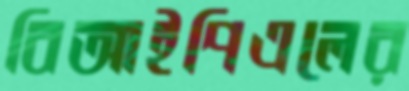
বিআইপিএলের